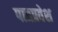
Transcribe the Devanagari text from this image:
पात्रप्रवेश